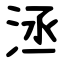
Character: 洆